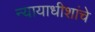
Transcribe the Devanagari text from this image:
न्यायाधीशांचे